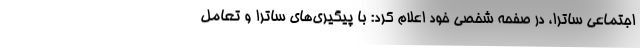
اجتماعی ساترا، در صفحه شخصی خود اعلام کرد: با پیگیری‌های ساترا و تعامل